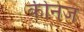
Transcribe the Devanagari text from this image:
कीनेज